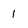
Character: 1